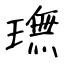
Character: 璑